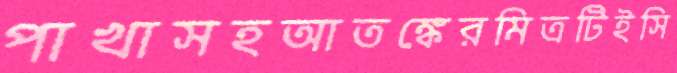
পাখাসহআতঙ্কেরমিত্রটিইসি